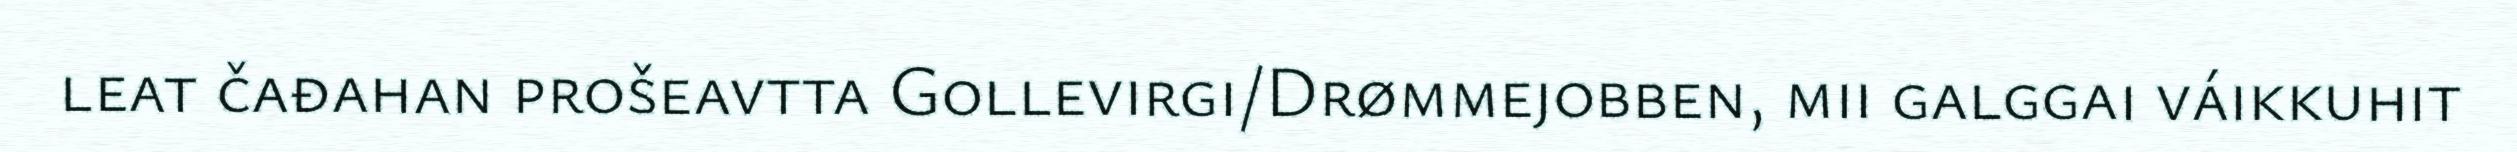
leat čađahan prošeavtta Gollevirgi/Drømmejobben, mii galggai váikkuhit